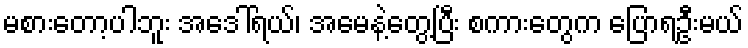
မစားတော့ပါဘူး အဒေါ်ရယ်၊ အမေနဲ့တွေ့ပြီး စကားတွေက ပြောရဦးမယ်